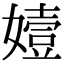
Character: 嬄